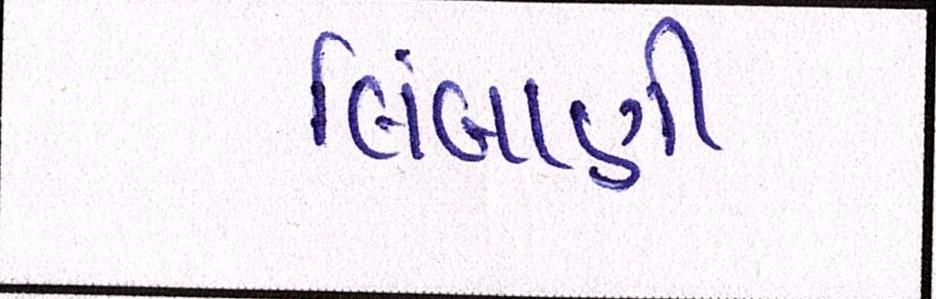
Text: લિંબાણી